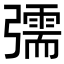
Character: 𢐰